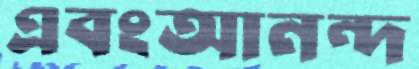
এবংআনন্দ